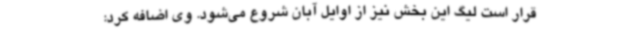
قرار است لیگ این بخش نیز از اوایل آبان شروع می‌شود. وی اضافه کرد: